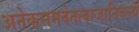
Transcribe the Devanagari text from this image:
अनेकसमवेतत्वम्जातिवर्त्त्य